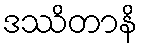
ဒဿိတာနိ